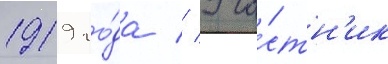
1919 го́да // Уча́стн'ик